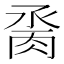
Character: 𦛆